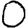
Digit: 0